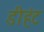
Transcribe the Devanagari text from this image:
डीहंट